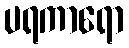
ပရကာရော